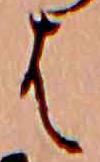
は